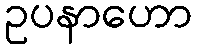
ဥပနာဟော